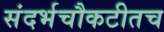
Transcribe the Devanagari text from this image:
संदर्भचौकटीतच